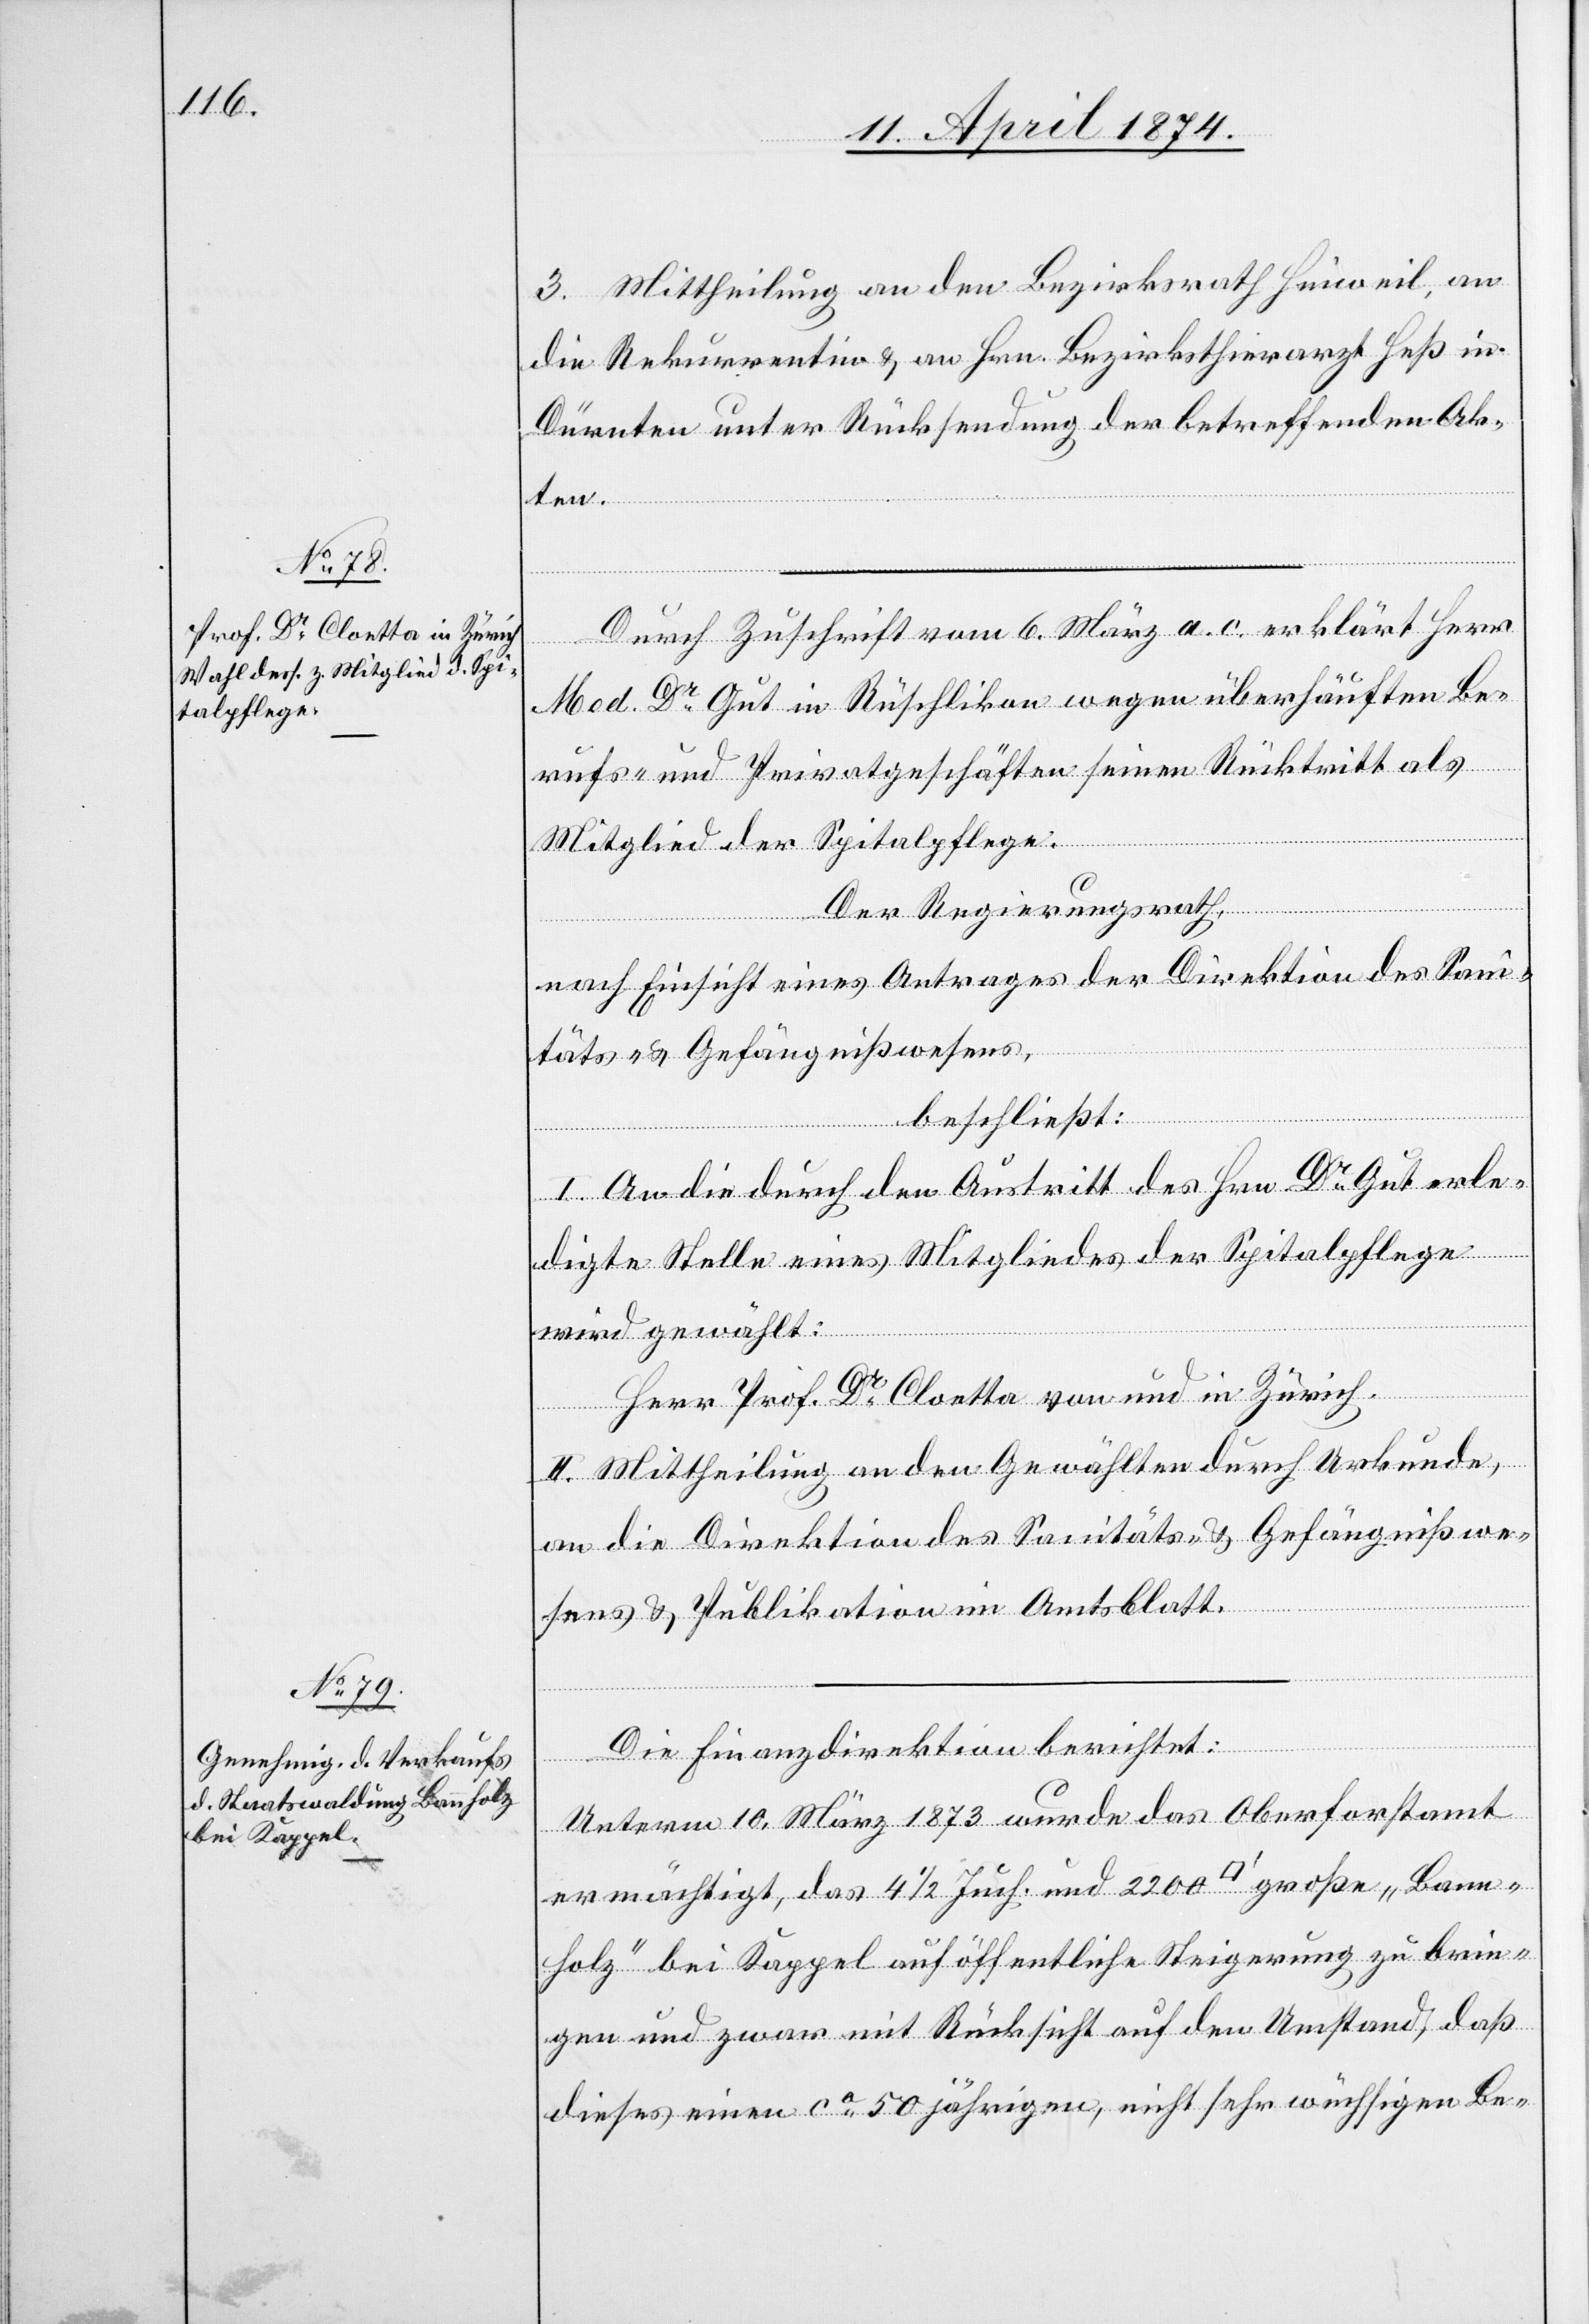
3. Mittheilung an den Bezirksrath Hinweil, an
die Rekurrentin u. an Hrn. Bezirksthierarzt Heß in
Dürnten unter Rücksendung der betreffenden Ak¬
ten.
Durch Zuschrift vom 6. März a. c. erklärt Herr
Med. Dr Gut in Rüschlikon wegen überhäuften Be¬
rufs- und Privatgeschäften seinen Rücktritt als
Mitglied der Spitalpflege.
„Bann¬
Der Regierungsrath,
nach Einsicht eines Antrages der Direktion des Sani¬
täts- u. Gefängnißwesens,
beschließt:
I. An die durch den Austritt des Hrn. Dr Gut erle¬
digte Stelle eines Mitgliedes der Spitalpflege
s]
wird gewählt:
Herr Prof. Dr Cloetta von und in Zürich.
II. Mittheilung an den Gewählten durch Urkunde,
an die Direktion des Sanitäts- u. Gefängnißwe¬
sens u. Publikation im Amtsblatt.
Die Finanzdirektion berichtet:
Unterm 10. März 1873 wurde das Oberforstamt
ermächtigt, das 4 1/2 Juch. und 2200 [Quadratfus¬
holz“ bei Kappel auf öffentliche Steigerung zu brin¬
gen und zwar mit Rücksicht auf den Umstand, daß
dieses einen ca 50jährigen, nicht sehr wüchsigen Be-